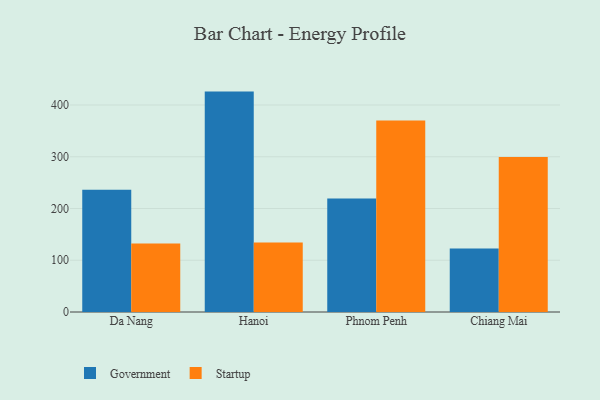
{"axis": {"x": "City", "y": "Waste Production (Tons)"}, "legend": ["Government", "Startup"], "data": [{"x": "Da Nang", "y": 236.3, "type": "Government"}, {"x": "Da Nang", "y": 132.5, "type": "Startup"}, {"x": "Hanoi", "y": 425.9, "type": "Government"}, {"x": "Hanoi", "y": 134.5, "type": "Startup"}, {"x": "Phnom Penh", "y": 219.1, "type": "Government"}, {"x": "Phnom Penh", "y": 369.9, "type": "Startup"}, {"x": "Chiang Mai", "y": 122.9, "type": "Government"}, {"x": "Chiang Mai", "y": 299.4, "type": "Startup"}]}